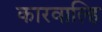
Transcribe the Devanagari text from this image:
कारवाल्हि